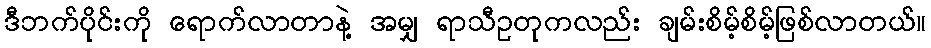
ဒီဘက်ပိုင်းကို ရောက်လာတာနဲ့ အမျှ ရာသီဥတုကလည်း ချမ်းစိမ့်စိမ့်ဖြစ်လာတယ်။